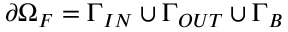
\partial \Omega _ { F } = \Gamma _ { I N } \cup \Gamma _ { O U T } \cup \Gamma _ { B }